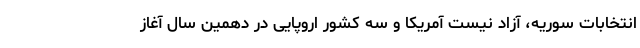
انتخابات سوریه، آزاد نیست آمریکا و سه کشور اروپایی در دهمین سال آغاز